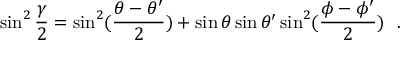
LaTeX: \sin ^ { 2 } { \frac { \gamma } { 2 } } = \sin ^ { 2 } ( { \frac { \theta - \theta ^ { \prime } } { 2 } } ) + \sin \theta \sin \theta ^ { \prime } \sin ^ { 2 } ( { \frac { \phi - \phi ^ { \prime } } { 2 } } ) ~ ~ .